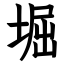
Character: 堀